Indian journal of veterinary science and animal husbandry - Volumes 24-25, 1954-1955
Year: 1954
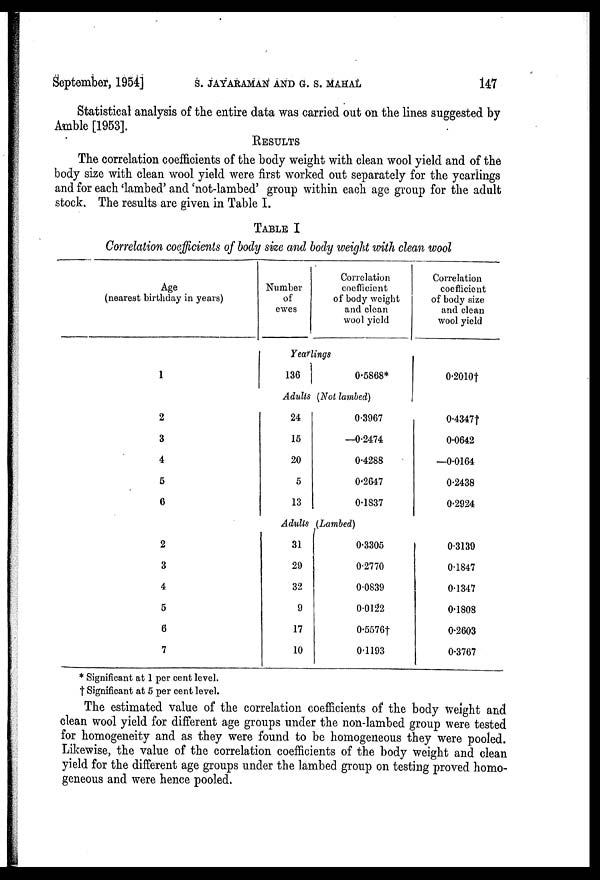
September, 1954] S. JAYARAMAN AND G. S. MAHAL 147
Statistical analysis of the entire data was carried out on the lines suggested by
Amble [1953].
RESULTS
The correlation coefficients of the body weight with clean wool yield and of the
body size with clean wool yield were first worked out separately for the yearlings
and for each 'lambed' and 'not-lambed' group within each age group for the adult
stock. The results are given in Table I.
TABLE I
Correlation coefficients of body size and body weight with clean wool
Age
(nearest birthday in years)
1
2
3
4
5
6
2
3
4
5
6
7
Number
of
ewes
Correlation
coefficient
of body weight
and clean
wool yield
Yearlings
136
0.5868*
Adults (Not lambed)
24
15
20
5
13
0.3967
—0.2474
0.4288
0.2647
0.1837
Adults (Lambed)
31
29
32
9
17
10
0.3305
0.2770
0.0839
00122
0.5576†
0.1193
Correlation
coefficient
of body size
and clean
wool yield
0.2010†
0.4347†
0.0642
—0.0164
0.2438
0.2924
0.3139
0.1847
0.1347
0.1808
0.2603
0.3767
* Significant at 1 per cent level.
† Significant at 5 per cent level.
The estimated value of the correlation coefficients of the body weight and
clean wool yield for different age groups under the non-lambed group were tested
for homogeneity and as they were found to be homogeneous they were pooled.
Likewise, the value of the correlation coefficients of the body weight and clean
yield for the different age groups under the lambed group on testing proved homo-
geneous and were hence pooled.